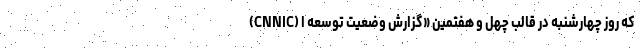
(CNNIC) که روز چهارشنبه در قالب چهل و هفتمین «گزارش وضعیت توسعه ا